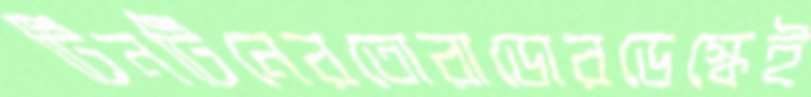
টিনটিনেরতোরাডোরডেস্কেই